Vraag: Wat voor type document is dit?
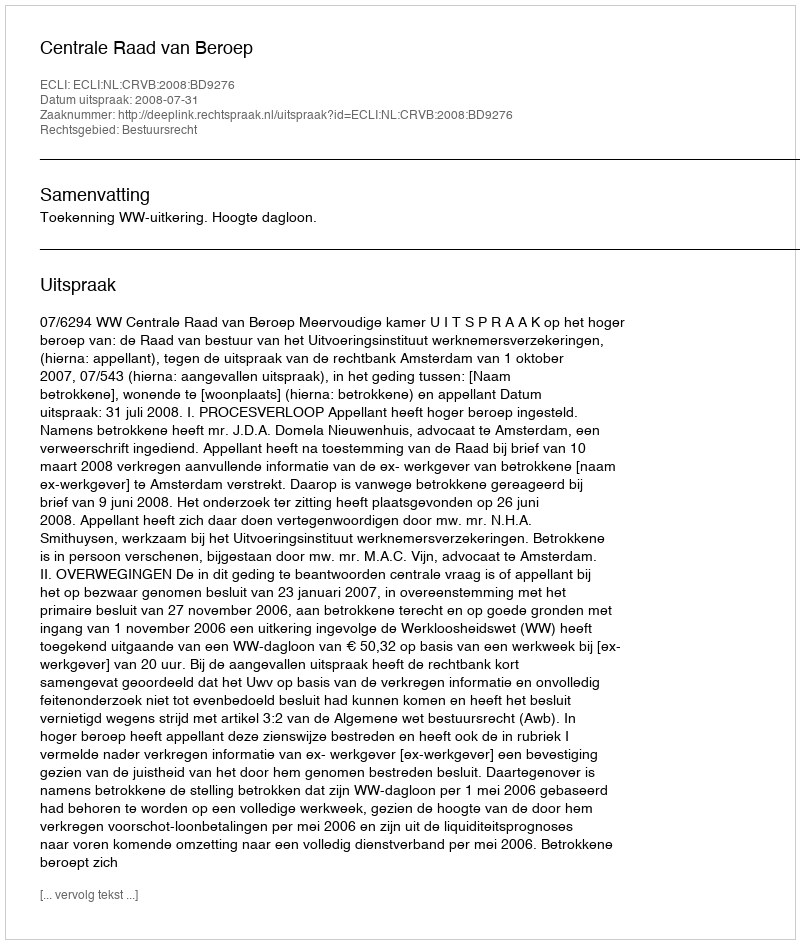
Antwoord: Uitspraak